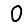
Digit: 0